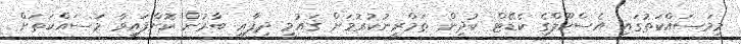
މިމަސައްކަތުގައި އެސްކޫލްގެ ކެޑޭޓް ކުދިން ތަމްރީނުކުރުމަށް ޤައުމީ ދިފާޢީ ބާރުން ކޮށްފައިވާ މަސައްކަތަށް